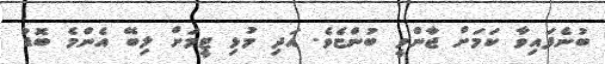
ބުނެފައިވާ ކަމަށް ޖާންވީ ބުންޏެވެ. އަދި މުޅި ޓީމަށް ލިބޭ އެންމެ ބޮޑު